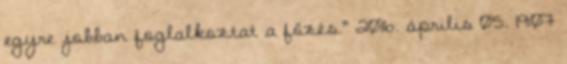
egyre jobban foglalkoztat a főzés.” 2016. április 05. 19:07